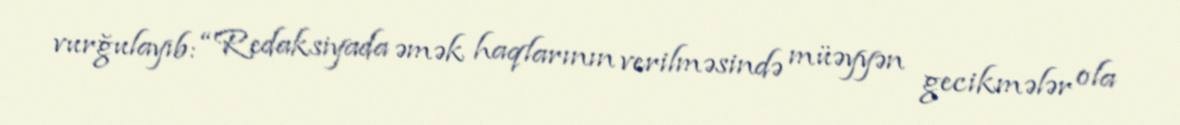
vurğulayıb: “Redaksiyada əmək haqlarının verilməsində müəyyən gecikmələr ola